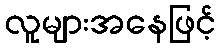
လူများအနေဖြင့်